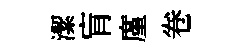
潔肓廑卷